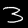
Digit: 3